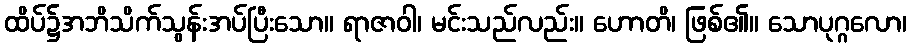
ထိပ်၌အဘိသိက်သွန်းအပ်ပြီးသော။ ရာဇာဝါ၊ မင်းသည်လည်း။ ဟောတိ၊ ဖြစ်၏။ သောပုဂ္ဂလော၊